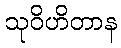
သုဝိဟိတာန